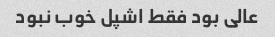
عالی بود فقط اشپل خوب نبود